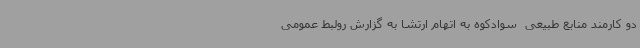
دو کارمند منابع طبیعی  سوادکوه به اتهام ارتشا به گزارش رولبط عمومی